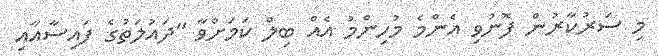
މި ސަރުކާރުން ފޮނުވި އެންމެ މުހިންމު އެއް ބިލް ކަމަށްވާ "ދައުލަތުގެ ފައިސާއާއި